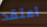
أعتقد